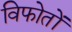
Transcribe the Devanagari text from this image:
विफोतों